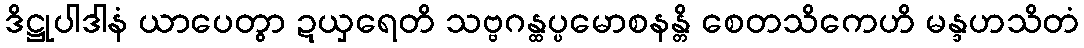
ဒိဋ္ဌုပါဒါနံ ယာပေတွာ ဍယှရေတိ သဗ္ဗဂန္ထပ္ပမောစနန္တိ စေတသိကေဟိ မန္ဒဟသိတံ